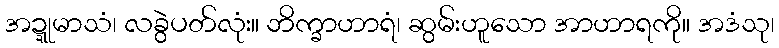
အဍ္ဍုမာသံ၊ လခွဲပတ်လုံး။ ဘိက္ခာဟာရံ၊ ဆွမ်းဟူသော အာဟာရကို။ အဒံသု၊